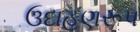
ઉદાહણરૂપ